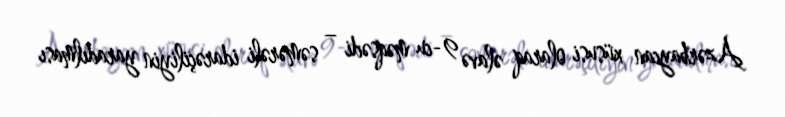
Azərbaycan xüsusi olaraq əlavə 9-cu məqsədi – səmərəli idarəçiliyin yaradılması